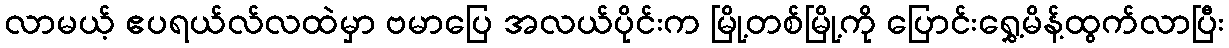
လာမယ့် ဧပရယ်လ်လထဲမှာ ဗမာပြေ အလယ်ပိုင်းက မြို့တစ်မြို့ကို ပြောင်းရွှေ့မိန့်ထွက်လာပြီး